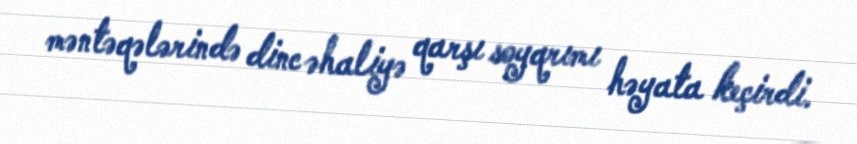
məntəqələrində dinc əhaliyə qarşı soyqrımı həyata keçirdi.